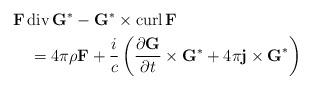
LaTeX: \begin{align*}& \mathbf{F}\operatorname{div}\mathbf{G}^{\ast}-\mathbf{G}^{\ast}\times\operatorname{curl}\mathbf{F}\\& \quad=4\pi\rho\mathbf{F}+\frac{i}{c}\left( \frac{\partial\mathbf{G}}{\partial t}\times\mathbf{G}^{\ast}+4\pi\mathbf{j\times G}^{\ast}\right)\end{align*}